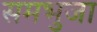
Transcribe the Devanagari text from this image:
समभुजा